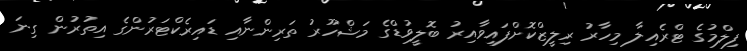
ފިލްމުގެ ޓްރެއިލާ މިހާރު ރިލީޒްކޮށްފައިވާއިރު ބޮލީވުޑްގެ މަޝްހޫރު ތަރިންނާއި ޑައިރެކްޓަރުންގެ އިތުރުން ގިނަ